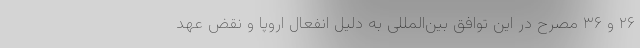
۲۶ و ۳۶ مصرح در این توافق بین‌المللی به دلیل انفعال اروپا و نقض عهدِ